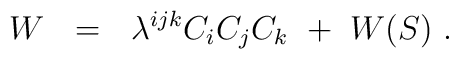
W~~=~~\lambda^{ijk} C_i C_j C_k~+~W(S)~.